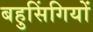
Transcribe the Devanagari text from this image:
बहुसिंगियों